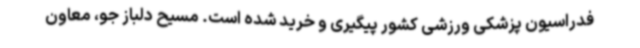
فدراسیون پزشکی ورزشی کشور پیگیری و خرید شده است. مسیح دلباز جو، معاون